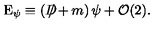
\mathrm { E } _ { \psi } \equiv \left( D \! \! \! \! \slash + m \right) \psi + { \cal O } ( 2 ) .